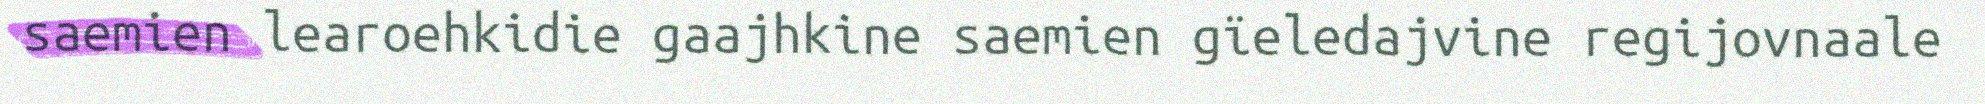
saemien learoehkidie gaajhkine saemien gïeledajvine regijovnaale